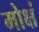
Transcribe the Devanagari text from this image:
मोक्षं